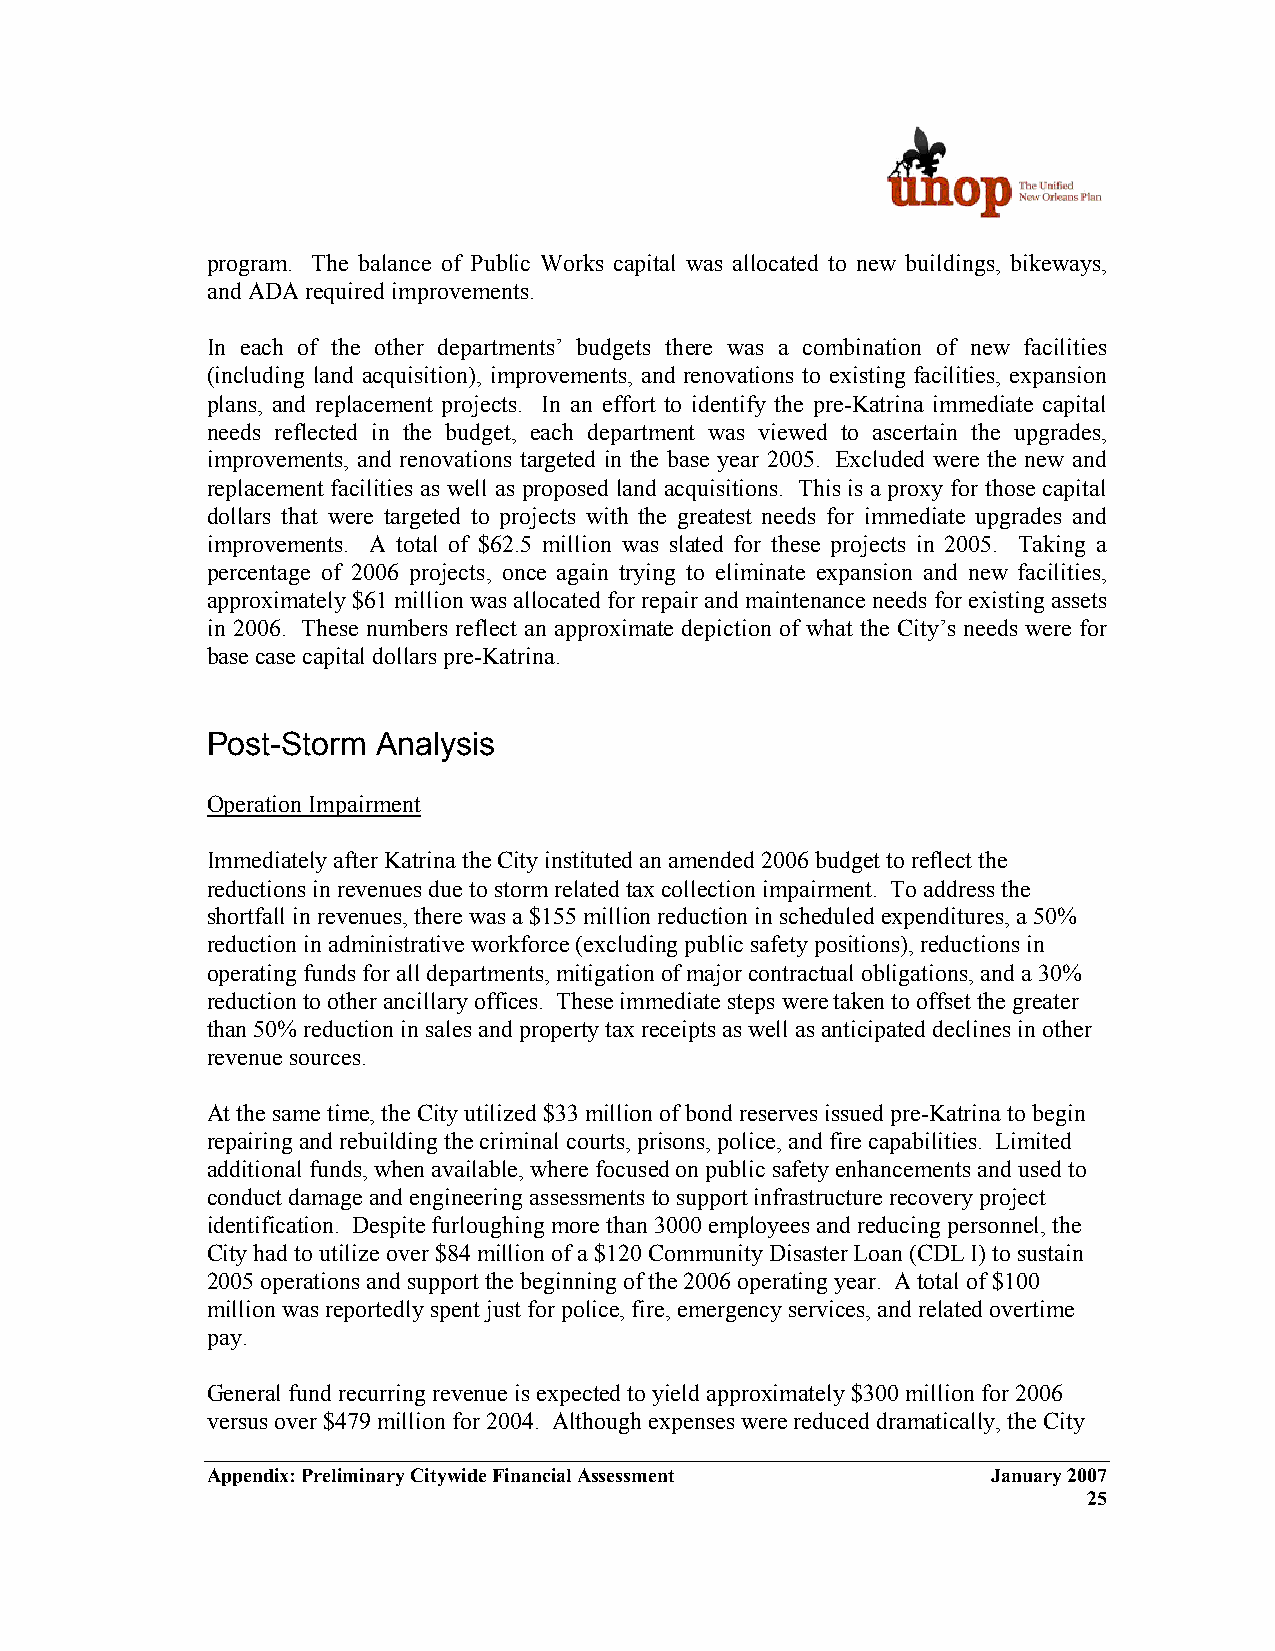
program. The balance of Public Works capital was allocated to new buildings, bikeways,
 and ADA required improvements.
 In each of the other departments’ budgets there was a combination of new facilities
 (including land acquisition), improvements, and renovations to existing facilities, expansion
 plans, and replacement projects. In an effort to identify the pre-Katrina immediate capital
 needs reflected in the budget, each department was viewed to ascertain the upgrades,
 improvements, and renovations targeted in the base year 2005. Excluded were the new and
 replacement facilities as well as proposed land acquisitions. This is a proxy for those capital
 dollars that were targeted to projects with the greatest needs for immediate upgrades and
 improvements. A total of $62.5 million was slated for these projects in 2005. Taking a
 percentage of 2006 projects, once again trying to eliminate expansion and new facilities,
 approximately $61 million was allocated for repair and maintenance needs for existing assets
 in 2006. These numbers reflect an approximate depiction of what the City’s needs were for
 base case capital dollars pre-Katrina.
 Post-Storm Analysis
 Operation Impairment
 Immediately after Katrina the City instituted an amended 2006 budget to reflect the
 reductions in revenues due to storm related tax collection impairment. To address the
 shortfall in revenues, there was a $155 million reduction in scheduled expenditures, a 50%
 reduction in administrative workforce (excluding public safety positions), reductions in
 operating funds for all departments, mitigation of major contractual obligations, and a 30%
 reduction to other ancillary offices. These immediate steps were taken to offset the greater
 than 50% reduction in sales and property tax receipts as well as anticipated declines in other
 revenue sources.
 At the same time, the City utilized $33 million of bond reserves issued pre-Katrina to begin
 repairing and rebuilding the criminal courts, prisons, police, and fire capabilities. Limited
 additional funds, when available, where focused on public safety enhancements and used to
 conduct damage and engineering assessments to support infrastructure recovery project
 identification. Despite furloughing more than 3000 employees and reducing personnel, the
 City had to utilize over $84 million of a $120 Community Disaster Loan (CDL I) to sustain
 2005 operations and support the beginning of the 2006 operating year. A total of $100
 million was reportedly spent just for police, fire, emergency services, and related overtime
 pay.
 General fund recurring revenue is expected to yield approximately $300 million for 2006
 versus over $479 million for 2004. Although expenses were reduced dramatically, the City
 Appendix: Preliminary Citywide Financial Assessment January 2007
 25